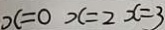
x = 0 x = 2 x = 3